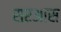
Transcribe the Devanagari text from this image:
सरआस